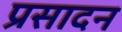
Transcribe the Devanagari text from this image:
प्रसादन